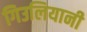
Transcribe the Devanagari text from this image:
गिउलियानी